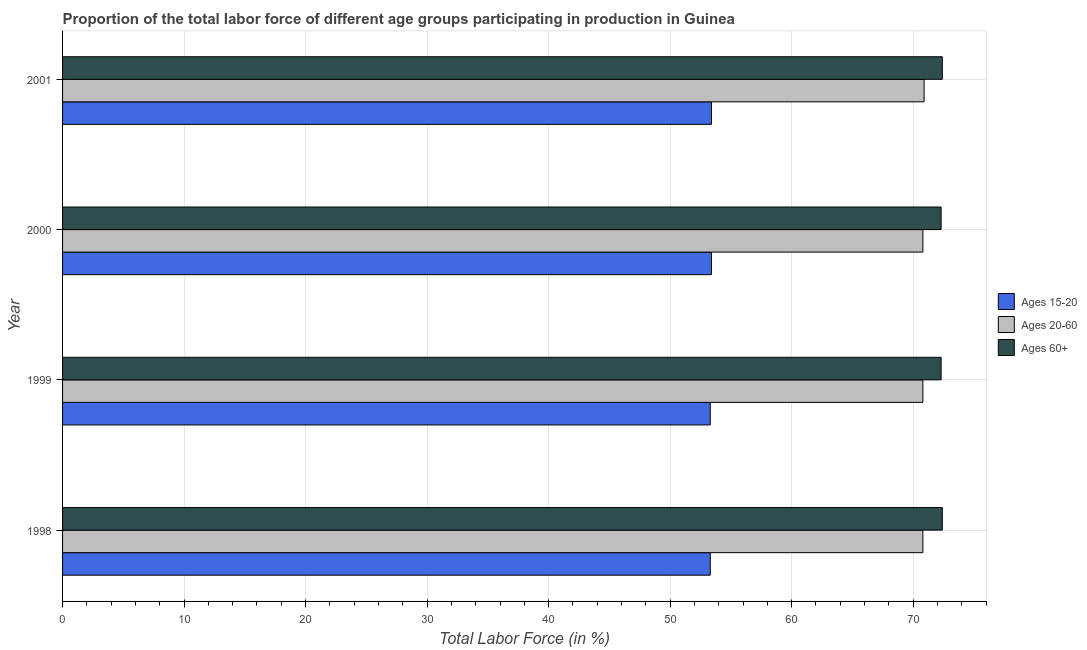
| Year | Ages 15-20 | Ages 20-60 | Ages 60+ |
 | --- | --- | --- | --- |
 | 1998 | 53.3 | 70.8 | 72.4 |
 | 1999 | 53.3 | 70.8 | 72.3 |
 | 2000 | 53.4 | 70.8 | 72.3 |
 | 2001 | 53.4 | 70.9 | 72.4 |